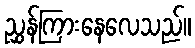
ညွှန်ကြားနေလေသည်။